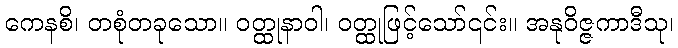
ကေနစိ၊ တစုံတခုသော။ ဝတ္ထုနာဝါ၊ ဝတ္ထုဖြင့်သော်၎င်း။ အနုဝိဇ္ဇကာဒီသု၊